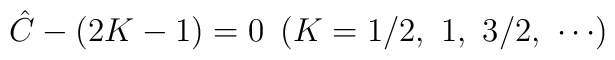
{\hat C}-(2K-1)=0\ \left(K=1/2,\ 1,\ 3/2,\ \cdots\right)